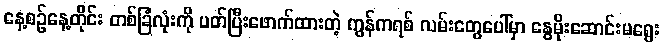
နေ့စဉ်နေ့တိုင်း တစ်ခြံလုံးကို ပတ်ပြီးဖောက်ထားတဲ့ ကွန်ကရစ် လမ်းတွေပေါ်မှာ နွေမိုးဆောင်းမရွေး